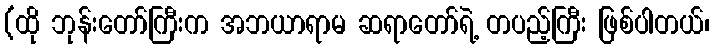
(ထို ဘုန်းတော်ကြီးက အဘယာရာမ ဆရာတော်ရဲ့ တပည့်ကြီး ဖြစ်ပါတယ်၊